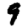
Digit: 9